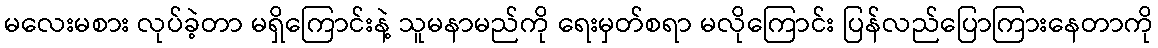
မလေးမစား လုပ်ခဲ့တာ မရှိကြောင်းနဲ့ သူမနာမည်ကို ရေးမှတ်စရာ မလိုကြောင်း ပြန်လည်ပြောကြားနေတာကို